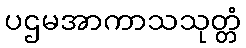
ပဌမအာကာသသုတ္တံ